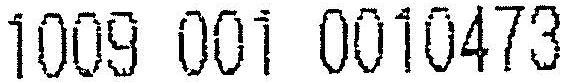
1009 001 0010473